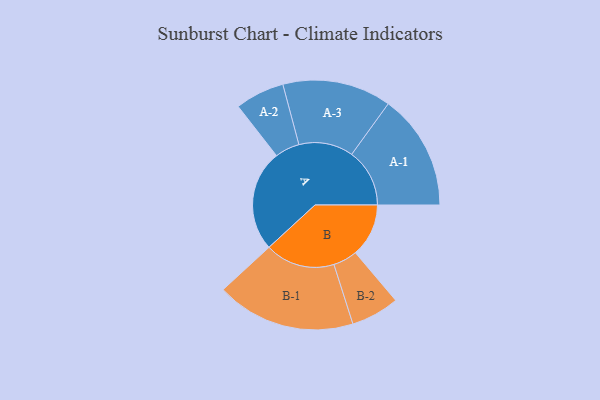
{"axis": {"x": "Segment", "y": "Value"}, "legend": ["", "A", "B"], "data": [{"x": "A", "y": 432, "type": ""}, {"x": "B", "y": 227, "type": ""}, {"x": "A-1", "y": 247, "type": "A"}, {"x": "A-2", "y": 105, "type": "A"}, {"x": "A-3", "y": 232, "type": "A"}, {"x": "B-1", "y": 297, "type": "B"}, {"x": "B-2", "y": 103, "type": "B"}]}